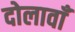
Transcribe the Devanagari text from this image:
दोलावाँ